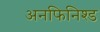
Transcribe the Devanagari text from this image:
अनफिनिश्ड